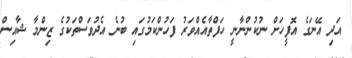
އަދި އޭނަގެ އޮފީހަށް ނުކުންނާނީ ހަފްތާއެއްވަރު ފަހުންކަމުގައި ބުނެ އެދުވަސްތަކުގެ ޒިންމާ ޝާއިން